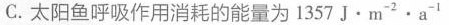
C.太阳鱼呼吸作用消耗的能量为1357J\cdotm^{-2}\cdota^{-1}